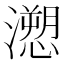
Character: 𭳏